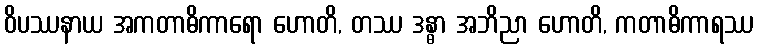
ဝိပဿနာယ အကတာဓိကာရော ဟောတိ, တဿ ဒန္ဓာ အဘိညာ ဟောတိ, ကတာဓိကာရဿ